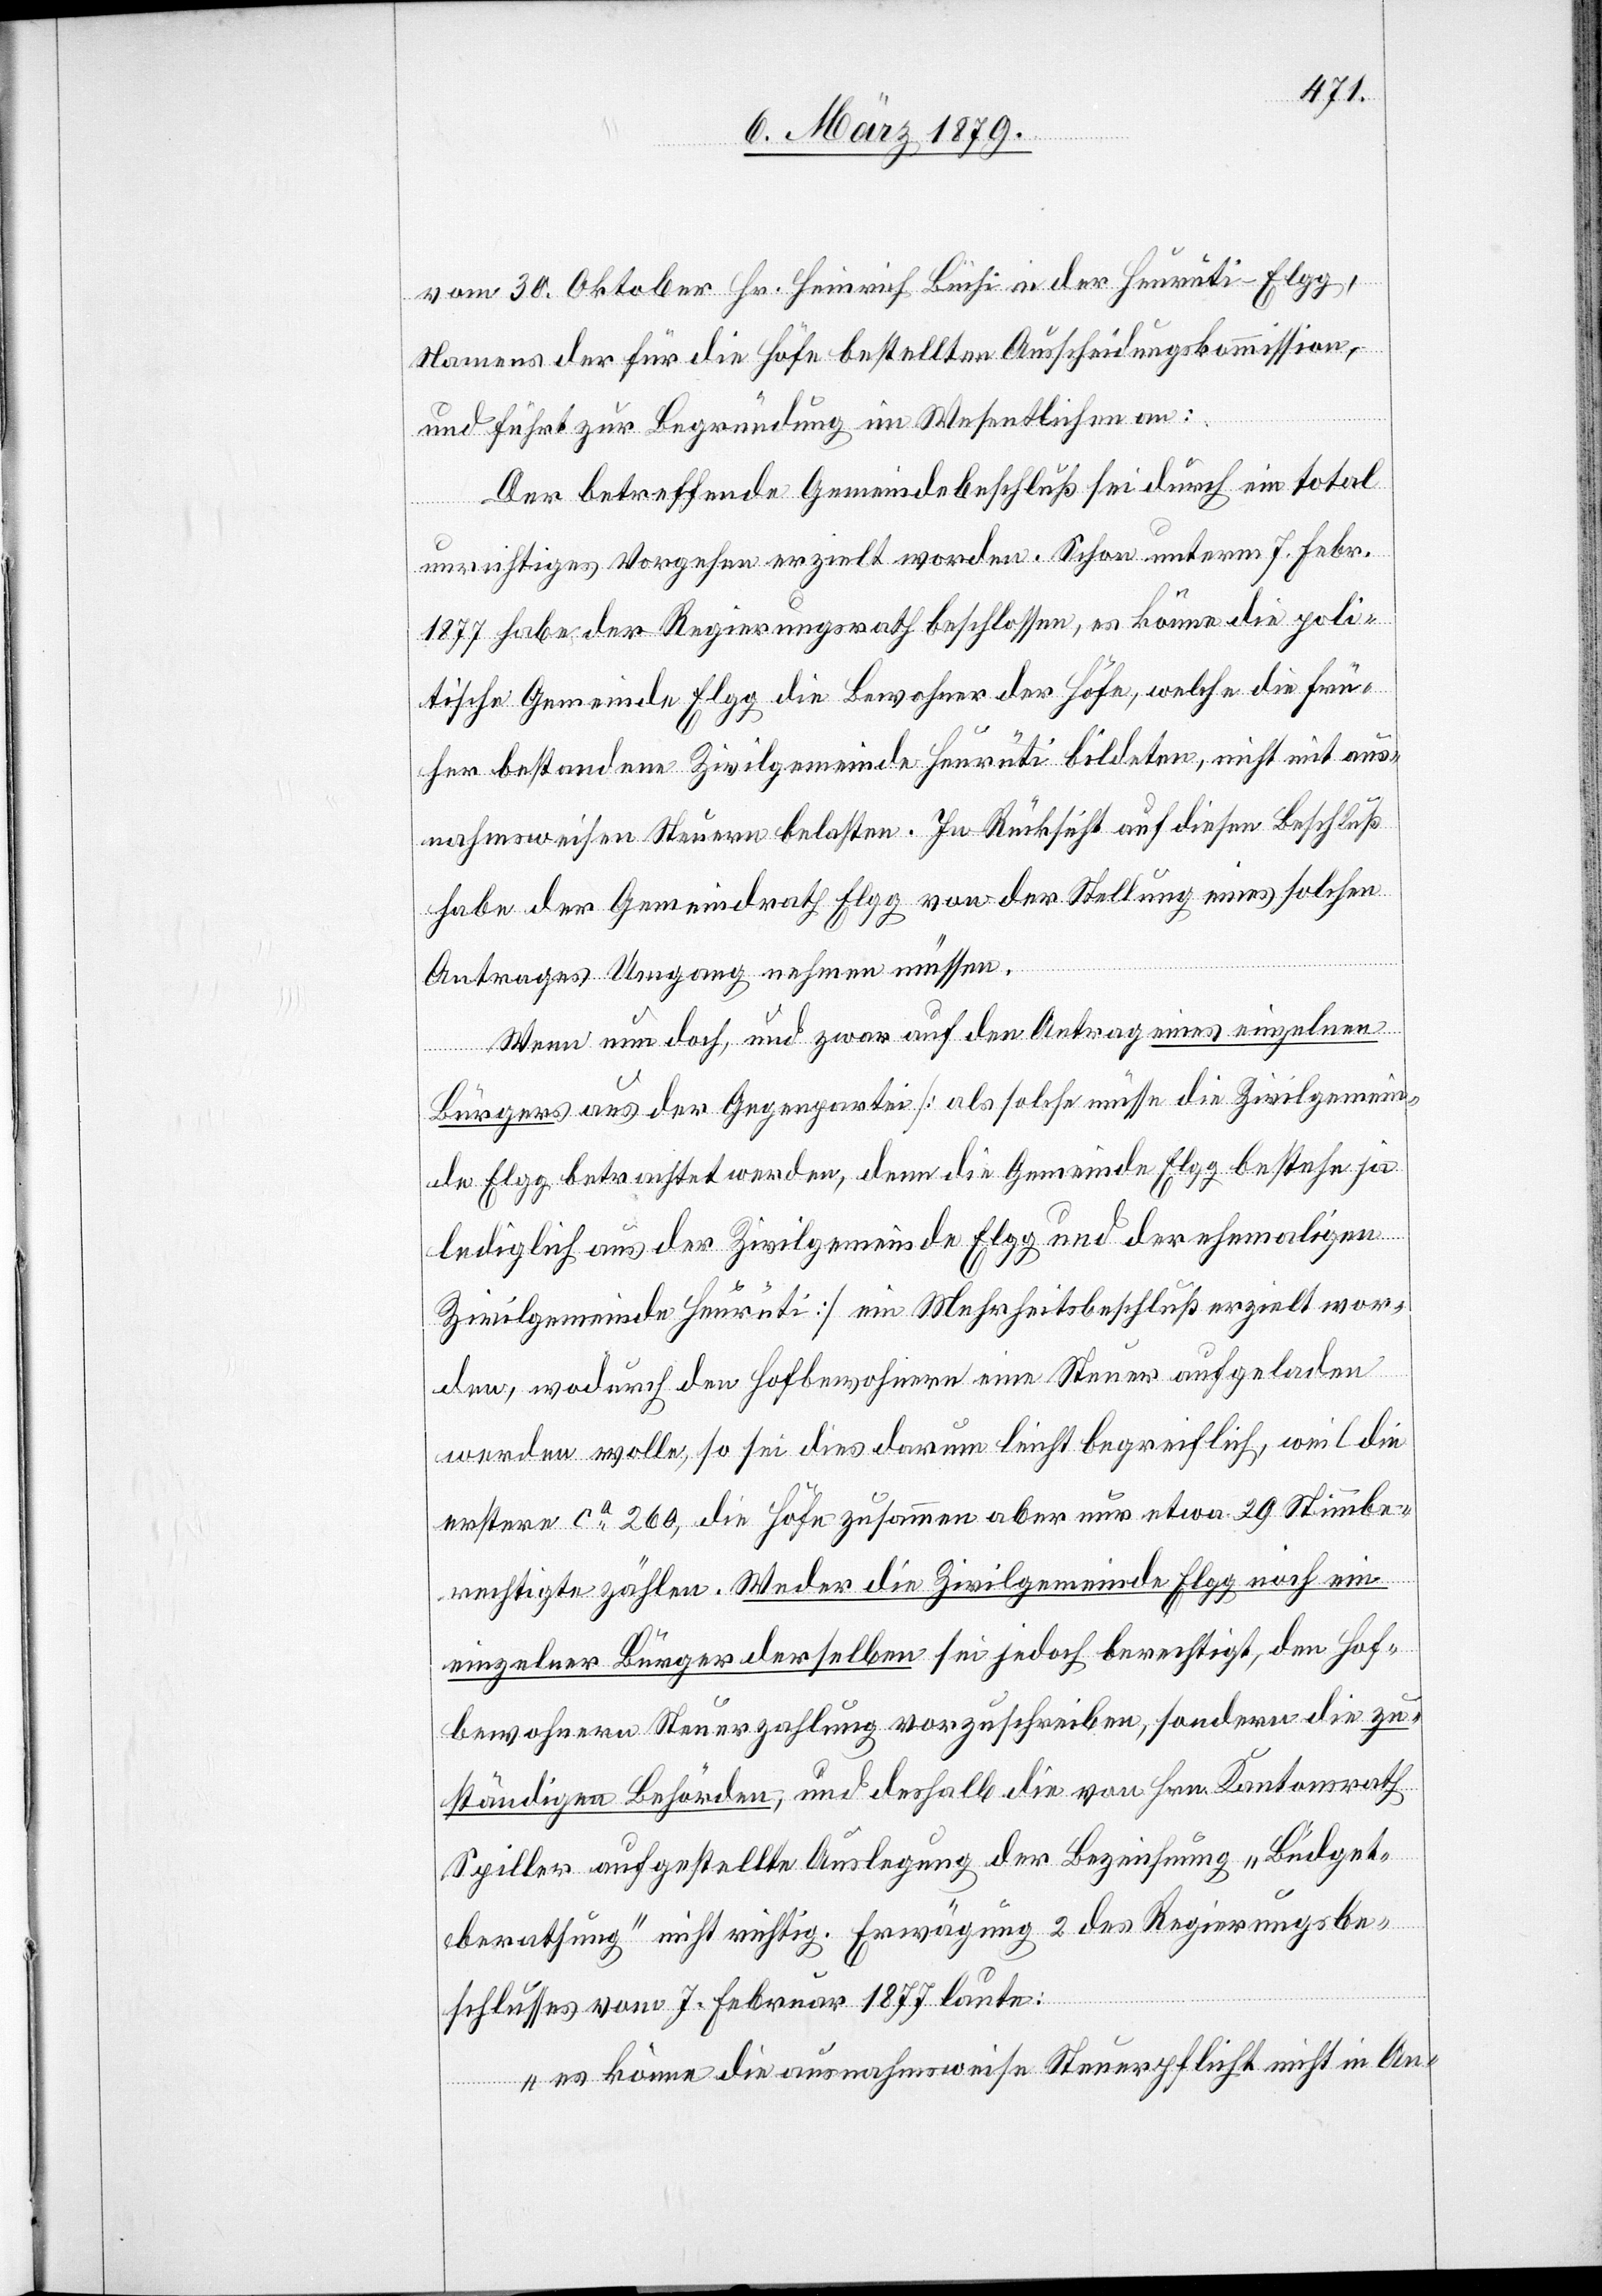
vom 30. Oktober Hr. Heinrich Büchi in der Heurüti - Elgg,
Namens der für die Höfe bestellten Ausscheidungskommission,
und führt zur Begründung im Wesentlichen an:
Der betreffende Gemeindebeschluß sei durch ein total
unrichtiges Vorgehen erzielt worden. Schon unterm 7. Febr.
1877 habe der Regierungsrath beschlossen, es könne die poli¬
tische Gemeinde Elgg die Bewohner der Höfe, welche die frü¬
her bestandene Zivilgemeinde Heurüti bildeten, nicht mit aus¬
nahmsweisen Steuern belasten. In Rücksicht auf diesen Beschluß
habe der Gemeindrath Elgg von der Stellung eines solchen
Antrages Umgang nehmen müssen.
Wenn nun doch, und zwar auf den Antrag eines einzelnen
Bürgers aus der Gegenpartei [als solche müsse die Zivilgemein¬
de Elgg betrachtet werden, denn die Gemeinde Elgg bestehe ja
lediglich aus der Zivilgemeinde Elgg und der ehemaligen
Zivilgemeinde Heurüti] ein Mehrheitsbeschluß erzielt wor¬
den, wodurch den Hofbewohnern eine Steuer aufgeladen
werden wolle, so sei dies darum leicht begreiflich, weil die
erstere ca 260, die Höfe zusammen aber nur etwa 29 Stimmbe¬
rechtigte zählen. Weder die Zivilgemeinde Elgg noch ein
einzelner Bürger derselben sei jedoch berechtigt, den Hof¬
bewohnern Steuerzahlung vorzuschreiben, sondern die zu¬
ständigen Behörden, und deshalb die von Hrn. Kantonsrath
Spiller aufgestellte Auslegung der Bezeichnung „Büdget¬
berathung“ nicht richtig. Erwägung 2 des Regierungsbe¬
schlusses vom 7. Februar 1877 laute:
„es könne die ausnahmsweise Steuerpflicht nicht in An-